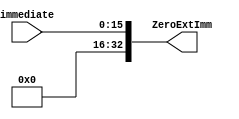
module ZeroImm
(
  input [15:0] immediate,

  output reg [32:0] ZeroExtImm
);

always@(*)
	ZeroExtImm = {16'h0000, immediate};

endmodule